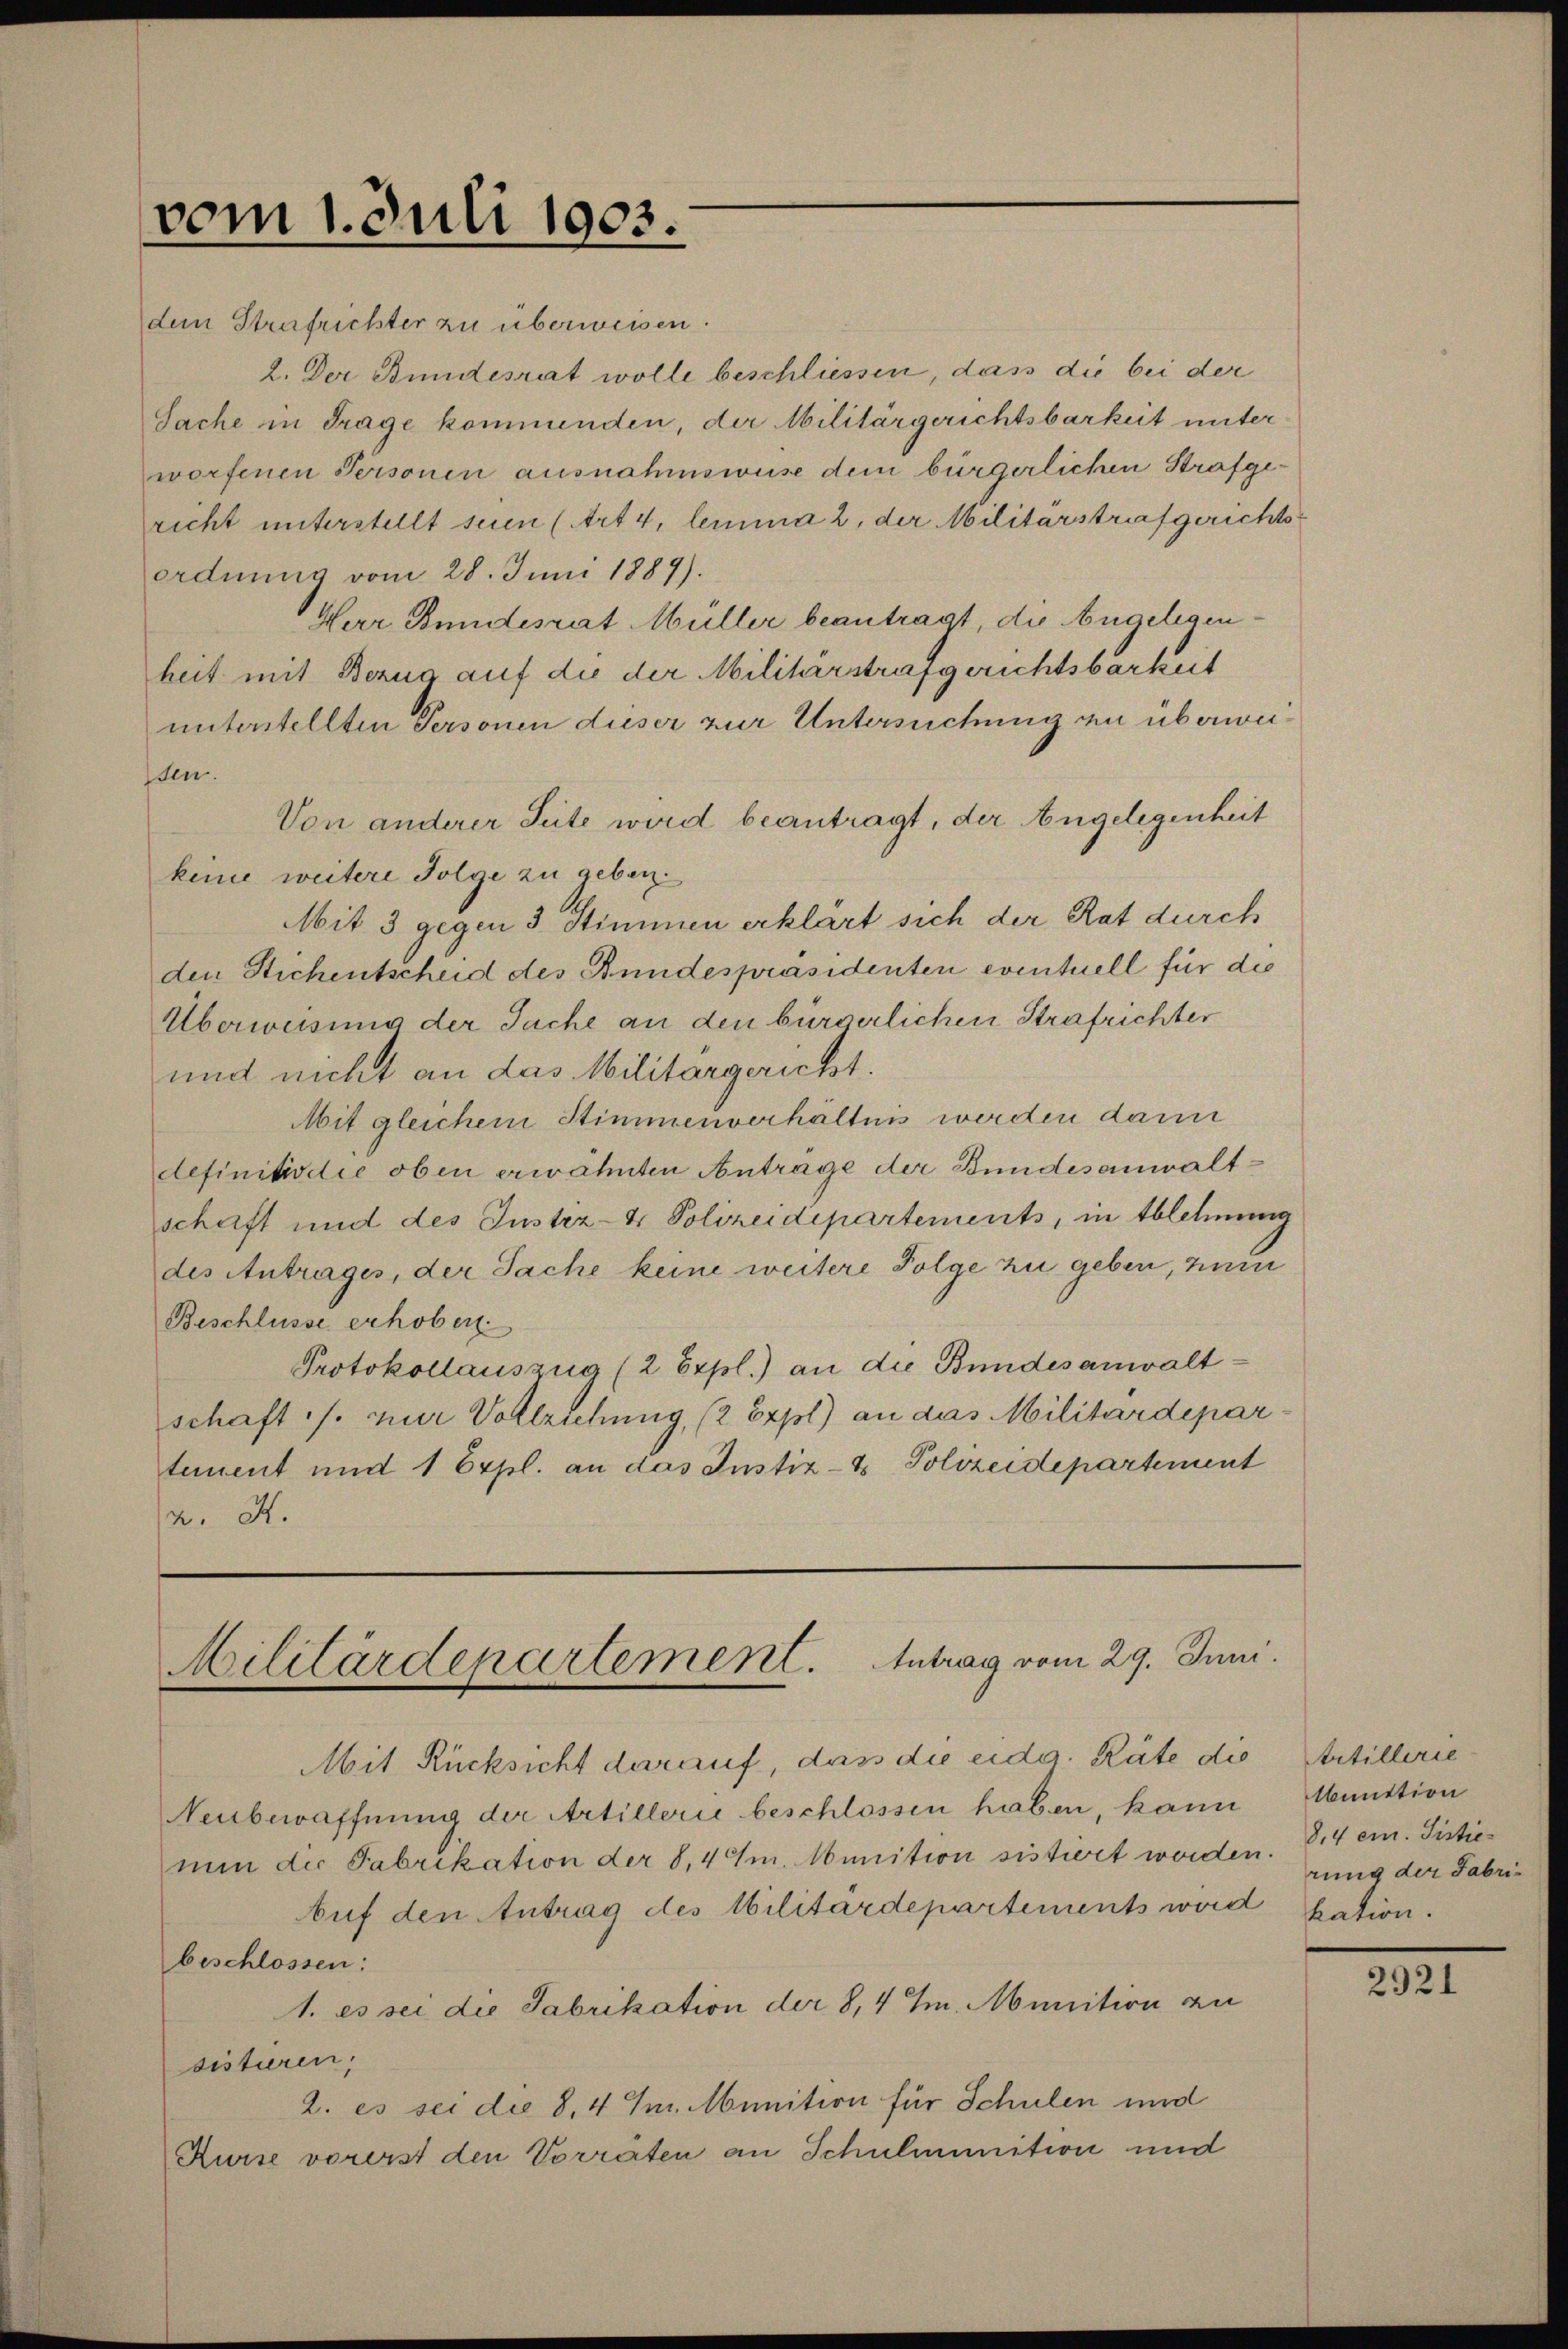
vom 1. Juli 1903.
den Strafrichter zu überweisen.

2. Der Bundesrat wolle beschliessen, dass die bei der
Sache in Frage kommenden, der Militärgerichtsbarkeit unter
worfenen Personen ausnahmsweise dem bürgerlichen Strafgericht unterstellt seien (Art. 4, lemma 2, der Militärstrafgerichts
ordnung vom 28. Juni 1889).
Herr Bundesrat Müller beantragt, die Angelegenheit mit Bezug auf die der Militärstrafgerichtsbarkeit
unterstellten Personen dieser zur Untersuchung an überweissen.
Von anderer Seite wird beantragt, der Angelegenheit
keine weitere Folge zu geben.
Mit 3 gegen 3 Stimmen erklärt sich der Rat durch
den Stichentscheid des Bundespräsidenten eventuell für die
Überweisung der Sache an den bürgerlichen Strafrichter
und nicht an das Militärgericht.
Mit gleichem Stimmenverhältnis werden dann
definitiv die oben erwähnten Antrage der Bundesanwaltschaft und des Justiz- & Polizeidepartements, in Ablehnung
des Antrages, der Sache keine weitere Folge zu geben, zum
Beschlüsse erhoben.
Protokollauszug (2 Expl.) an die Bundesanwaltschaft ./. nur Vollziehung, (2 Expl) an das Militärdepartement und 1 Erpl. an das Justiz- & Polizeidepartement
u. K.

Militärdepartement. Antrag vom 29. Juni.

Mit Rücksicht darauf, dass die eidg. Räte die
Neubewaffnung der Artillerie beschlossen haben, kann
nun die Fabrikation der 8,4 /m. Munition sistiert worden
Auf den Antrag des Militärdepartements wird
beschlossen:
1. es sei die Fabrikation der 8,4 Im. Munition au
sistieren,
2. es sei die 8,4 Im. Munition für Schulen und
Kurse vorerst den Vorräten an Schulmunition und

Artillerie
lbunction
8.4 em. Sistie
rung der Fabrikation.

2921